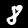
Digit: 8